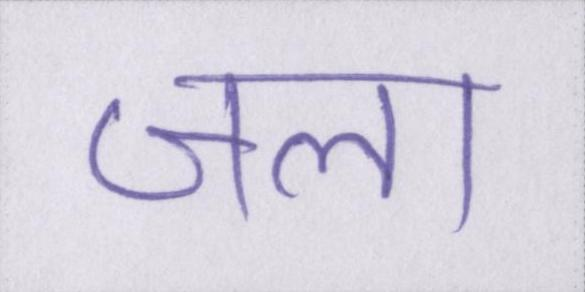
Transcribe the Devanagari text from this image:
जला